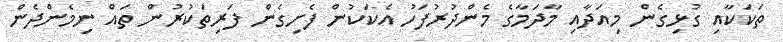
ތަކަކާއި ގުޅިގެން މިއަދާއި މާދަމާގެ މެންދުރުފަހު އެކަކުން ފެށިގެން ފަރިތަކުރުން ތައް ނިމެންދެން